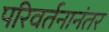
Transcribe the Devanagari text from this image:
परिवर्तनानंतर